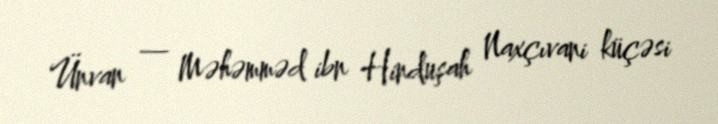
Ünvan — Məhəmməd ibn Hinduşah Naxçıvani küçəsi